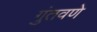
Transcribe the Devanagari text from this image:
गुंतवणे